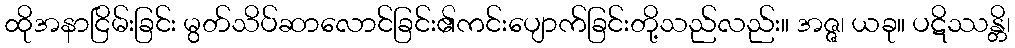
ထိုအနာငြိမ်းခြင်း မွတ်သိပ်ဆာလောင်ခြင်း၏ကင်းပျောက်ခြင်းတို့သည်လည်း။ အဇ္ဇ၊ ယခု။ ပဋိဿန္တိ၊